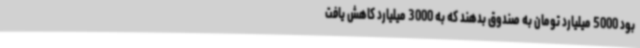
بود 5000 میلیارد تومان به صندوق بدهند که به 3000 میلیارد کاهش یافت